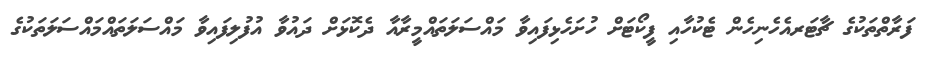
ފަރާތްތަކުގެ ޗާޓަރއެހެނިހެން ޓެކުހާއި ފީކޯޓަށް ހުށަހެޅިފައިވާ މައްސަލަތައްމީރާއާ ދެކޮޅަށް ދައުވާ އުފުލިފައިވާ މައްސަލަތައްމައްސަލަތަކުގެ